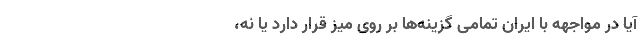
آیا در مواجهه با ایران تمامی گزینه‌ها بر روی میز قرار دارد یا نه،